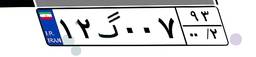
۱۲گ۰۰۷۹۳